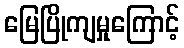
မြေပြိုကျမှုကြောင့်